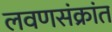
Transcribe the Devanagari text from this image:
लवणसंक्रांत